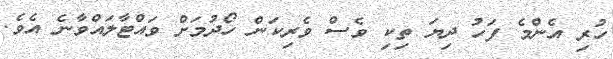
ހުރި އެންމެ ފަހު ދިޔަ ތިކި ވެސް ވެރިކަން ހޯދުމަށް ވައްޓާލައްވާނެ އެވެ.